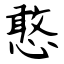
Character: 憨